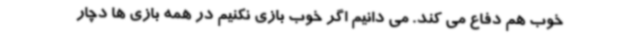
خوب هم دفاع می کند. می دانیم اگر خوب بازی نکنیم در همه بازی ها دچار